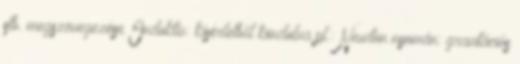
stb. megszövegezése Induktív: kísérletből kiindulva pl.: Newton nyomán: gravitációs